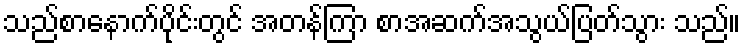
သည်စာနောက်ပိုင်းတွင် အတန်ကြာ စာအဆက်အသွယ်ပြတ်သွား သည်။